Civil Veterinary Dept. North-West Frontier Province 1923-32 - 1923-1932
Year: 1923
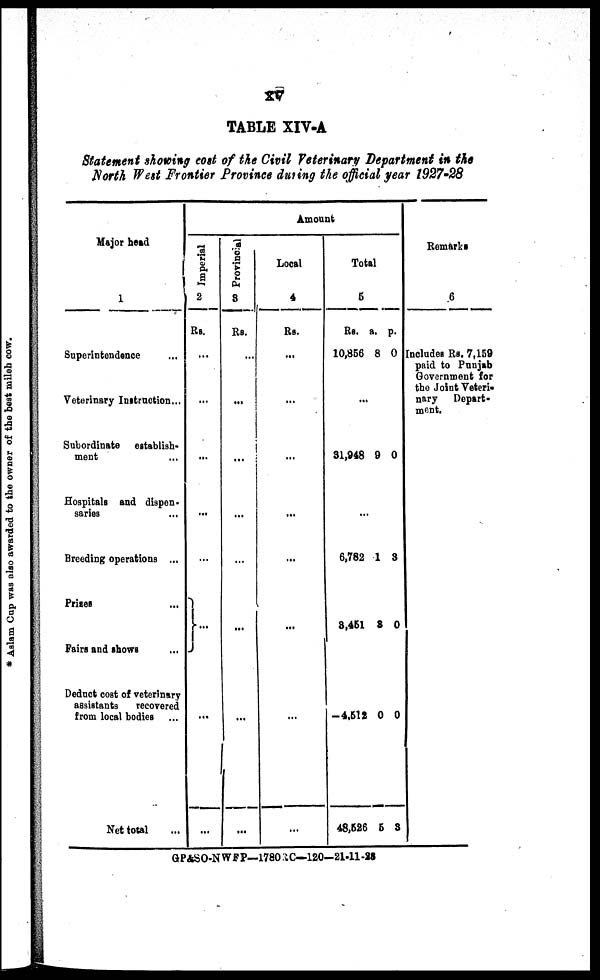
xv
TABLE XIV-A
Statement showing cost of the Civil Veterinary Department in the
North West Frontier Province during the official year 1927-28
Major head
1
Superintendence ...
Veterinary Instruction ...
Subordinate establish-
ment ...
Hospitals and dispen-
saries ...
Breeding operations ...
Prizes ...
Fairs and shows ...
Deduct cost of veterinary
assistants
recovered
from local bodies ...
Net total ...
Amount
Imperial
2
Rs.
...
...
...
...
...
} ...
...
...
Provincial
3
Rs.
...
...
...
...
...
...
...
...
Local
4
Rs.
...
...
...
...
...
...
...
...
Total
5
Rs.
10,856
a.
8
p.
0
...
...
6,782
3,451
-4,512
48,526
1
8
0
5
3
0
0
3
Remarks
6
Includes Rs. 7,159
paid to Punjab
Government for
the Joint Veteri-
nary
Depart-
ment.
GP&SO-NWFP—1780RC—120-21-11-28